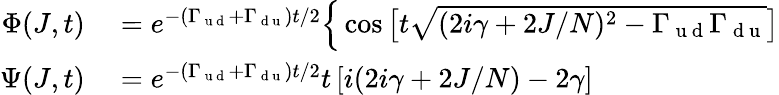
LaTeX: \begin{array}{rl}{\Phi(J,t)}&{{}=e^{-\left(\Gamma_{\mathrm{~u~d~}}+\Gamma_{\mathrm{~d~u~}}\right)t/2}\Big\{ \cos\big[t\sqrt{(2i\gamma+2J/N)^{2}-\Gamma_{\mathrm{~u~d~}}\Gamma_{\mathrm{~d~u~}}}\big]}\\ {\Psi(J,t)}&{{}=e^{-\left(\Gamma_{\mathrm{~u~d~}}+\Gamma_{\mathrm{~d~u~}}\right)t/2}t\left[i(2i\gamma+2J/N)-2\gamma\right]}\end{array}